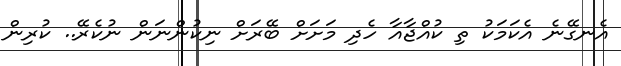
އެނގޭނެ އެކަމަކު ތި ކުއްޖާއާ ހެދި މަށަށް ބޭރަށް ނިކުންނަން ނުކެރޭ.. ކުރިން